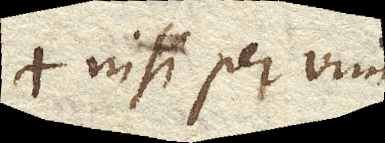
nisi per vim